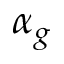
\alpha _ { g }